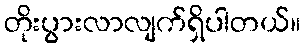
တိုးပွားလာလျက်ရှိပါတယ်။